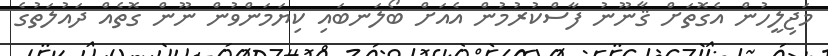
މަޖިލީހުން އެގޮތަށް ޤާނޫނު ފާސްކުރުމުން އެއަށް ބޯލަނބައި ކިޔަމަންވުން ނޫން ގޮތެއް ދައުލަތުގެ